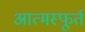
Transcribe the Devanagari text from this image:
आत्मस्फूर्त